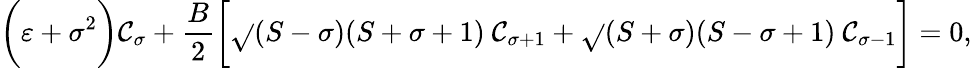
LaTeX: \biggl(\varepsilon+\sigma^{2}\biggr)\mathcal{C}_{\sigma}+\frac{{B}}{{2}}\biggl[\sqrt{}{{(S-\sigma)(S+\sigma+1)}}~\mathcal{C}_{\sigma+1}+\sqrt{}{{(S+\sigma)(S-\sigma+1)}}~\mathcal{C}_{\sigma-1}\biggr]=0,